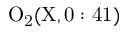
\mathrm { O _ { 2 } ( X , 0 : 4 1 ) }